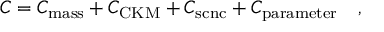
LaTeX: C = C _ { \mathrm { m a s s } } + C _ { \mathrm { C K M } } + C _ { \mathrm { s c n c } } + C _ { \mathrm { p a r a m e t e r } } ~ ~ ~ ,